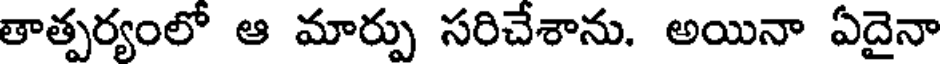
తాత్పర్యంలో ఆ మార్పు సరిచేశాను. అయినా ఏదైనా